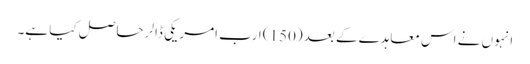
انہوں نے اس معاہدے کے بعد (150) ارب امریکی ڈالر حاصل کیا ہے۔